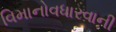
વિમાનોવધારવાની